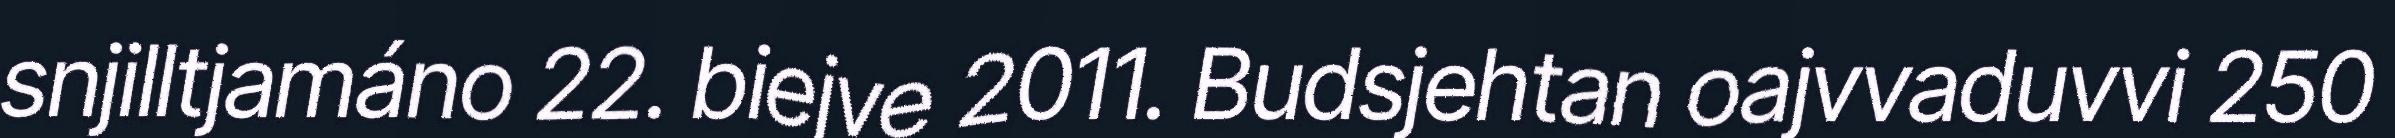
snjilltjamáno 22. biejve 2011. Budsjehtan oajvvaduvvi 250